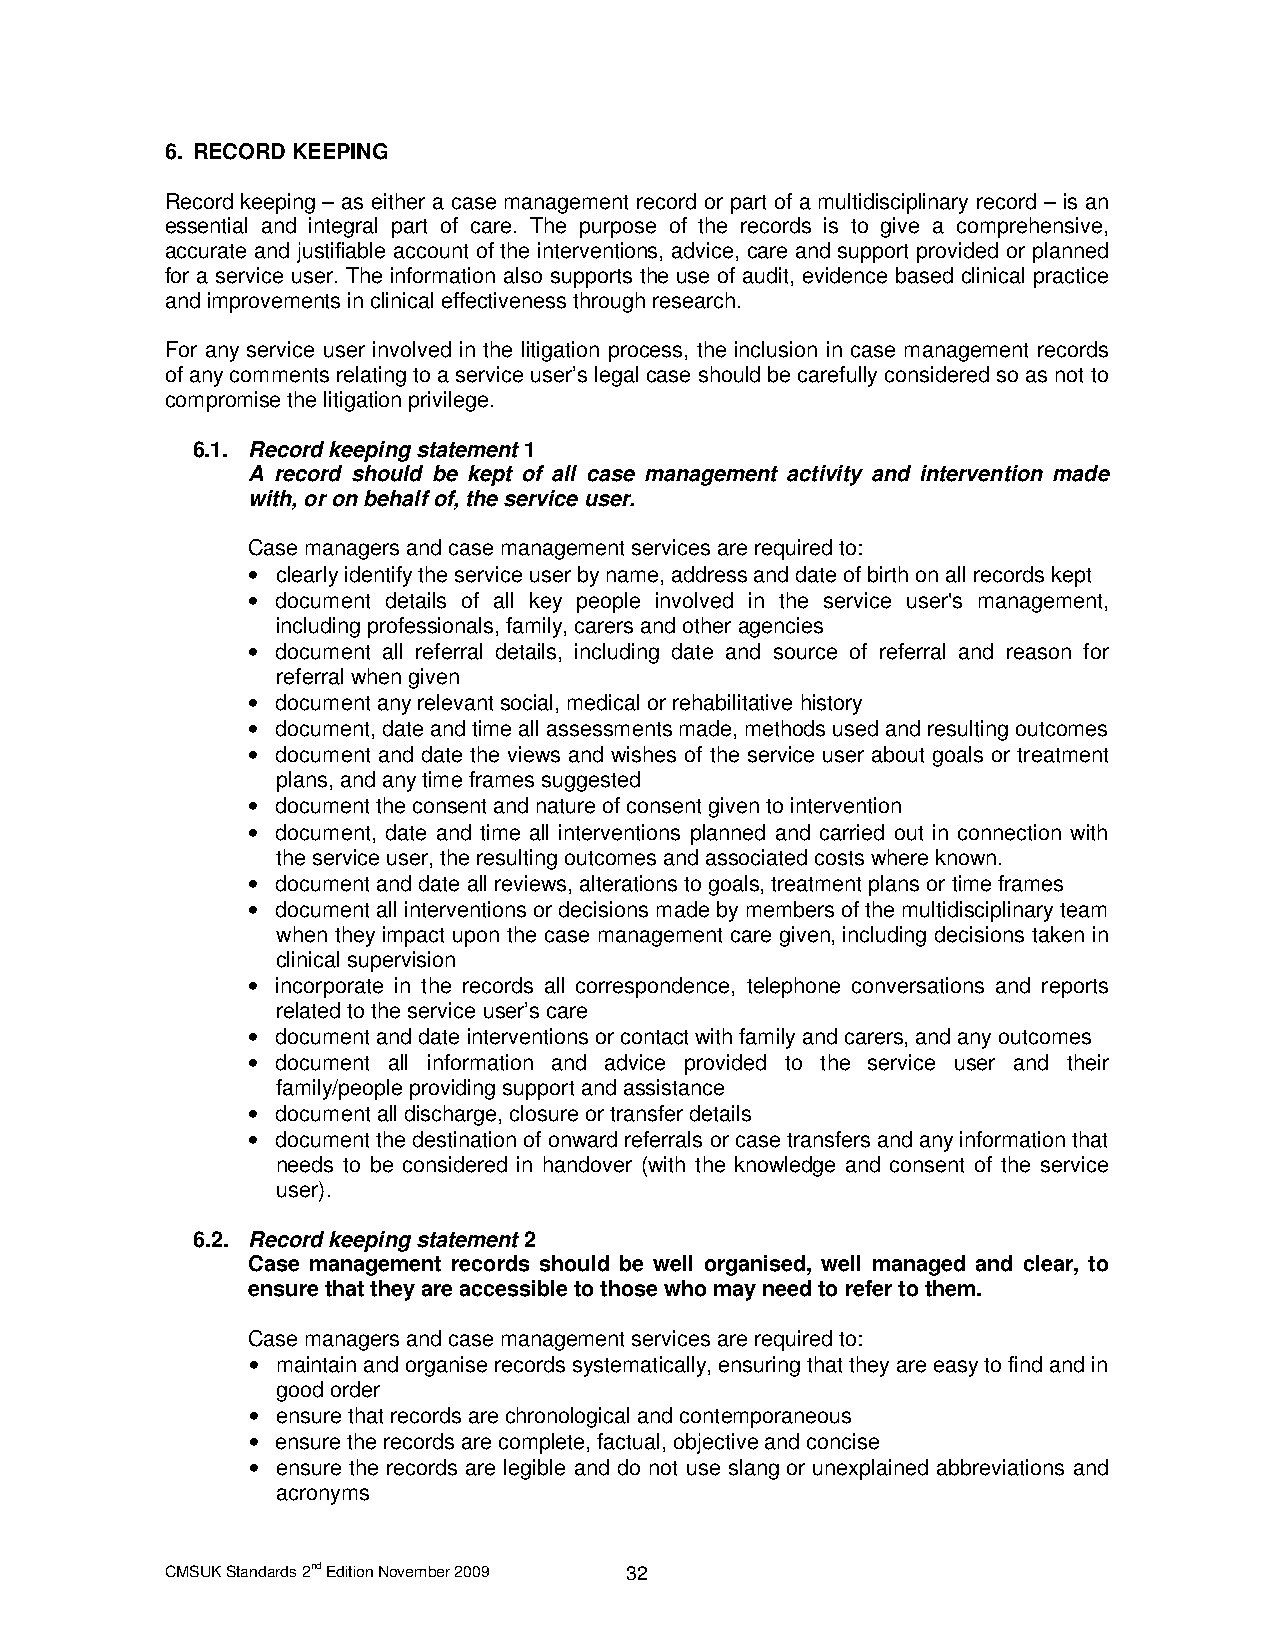
6. RECORD KEEPING
 Record keeping – as either a case management record or part of a multidisciplinary record – is an
 essential and integral part of care. The purpose of the records is to give a comprehensive,
 accurate and justifiable account of the interventions, advice, care and support provided or planned
 for a service user. The information also supports the use of audit, evidence based clinical practice
 and improvements in clinical effectiveness through research.
 For any service user involved in the litigation process, the inclusion in case management records
 of any comments relating to a service user’s legal case should be carefully considered so as not to
 compromise the litigation privilege.
 6.1. Record keeping statement 1
 A record should be kept of all case management activity and intervention made
 with, or on behalf of, the service user.
 Case managers and case management services are required to:
 • clearly identify the service user by name, address and date of birth on all records kept
 • document details of all key people involved in the service user's management,
 including professionals, family, carers and other agencies
 • document all referral details, including date and source of referral and reason for
 referral when given
 • document any relevant social, medical or rehabilitative history
 • document, date and time all assessments made, methods used and resulting outcomes
 • document and date the views and wishes of the service user about goals or treatment
 plans, and any time frames suggested
 • document the consent and nature of consent given to intervention
 • document, date and time all interventions planned and carried out in connection with
 the service user, the resulting outcomes and associated costs where known.
 • document and date all reviews, alterations to goals, treatment plans or time frames
 • document all interventions or decisions made by members of the multidisciplinary team
 when they impact upon the case management care given, including decisions taken in
 clinical supervision
 • incorporate in the records all correspondence, telephone conversations and reports
 related to the service user’s care
 • document and date interventions or contact with family and carers, and any outcomes
 • document all information and advice provided to the service user and their
 family/people providing support and assistance
 • document all discharge, closure or transfer details
 • document the destination of onward referrals or case transfers and any information that
 needs to be considered in handover (with the knowledge and consent of the service
 user).
 6.2. Record keeping statement 2
 Case management records should be well organised, well managed and clear, to
 ensure that they are accessible to those who may need to refer to them.
 Case managers and case management services are required to:
 • maintain and organise records systematically, ensuring that they are easy to find and in
 good order
 • ensure that records are chronological and contemporaneous
 • ensure the records are complete, factual, objective and concise
 • ensure the records are legible and do not use slang or unexplained abbreviations and
 acronyms
 CMSUK Standards 2nd Edition November 2009 32